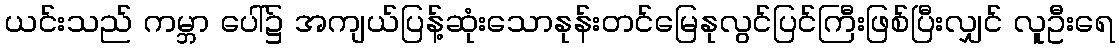
ယင်းသည် ကမ္ဘာ ပေါ်၌ အကျယ်ပြန့်ဆုံးသောနုန်းတင်မြေနုလွင်ပြင်ကြီးဖြစ်ပြီးလျှင် လူဦးရေ